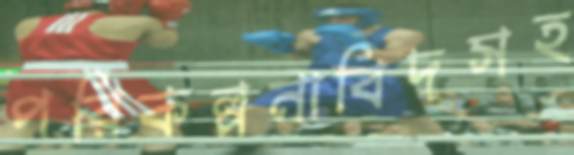
পরিকল্পনাবিদসহ